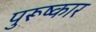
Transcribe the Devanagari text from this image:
पुरूष्कार